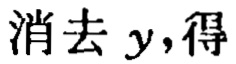
消去 \(y\)，得